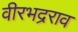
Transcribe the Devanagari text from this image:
वीरभद्रराव